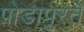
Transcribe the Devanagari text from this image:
पोडापुरते